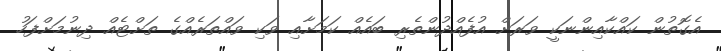
އެގޮތުން ކައްކާއިންނަކީ ވަރަށް އުފެއްދުންތެރި ބައެއް ކަމަށާއި ވަކި ވައްތަރެއްގެ ތަށްޓެއް ދިނުމަށްފަހު